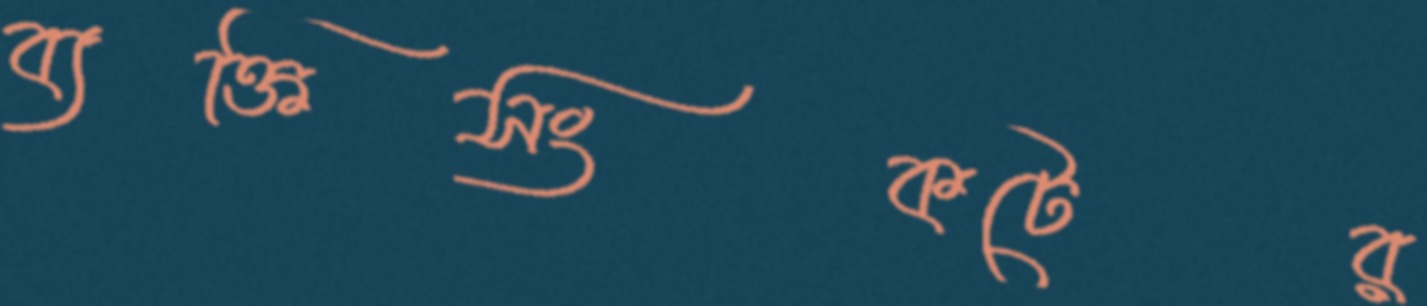
ব্যক্তিসংকটের